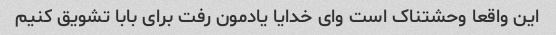
این واقعا وحشتناک است وای خدایا یادمون رفت برای بابا تشویق کنیم